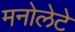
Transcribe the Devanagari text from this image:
मनोलेटे